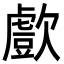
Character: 㱆